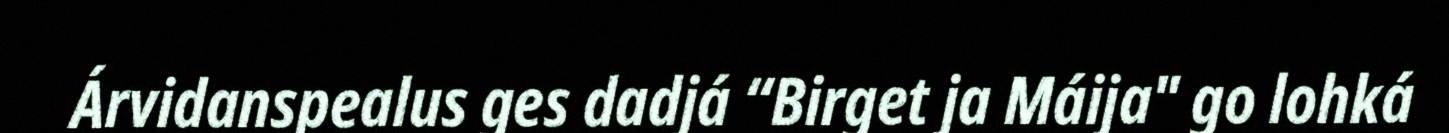
Árvidanspealus ges dadjá “Birget ja Máija" go lohká